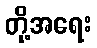
တို့အရေး